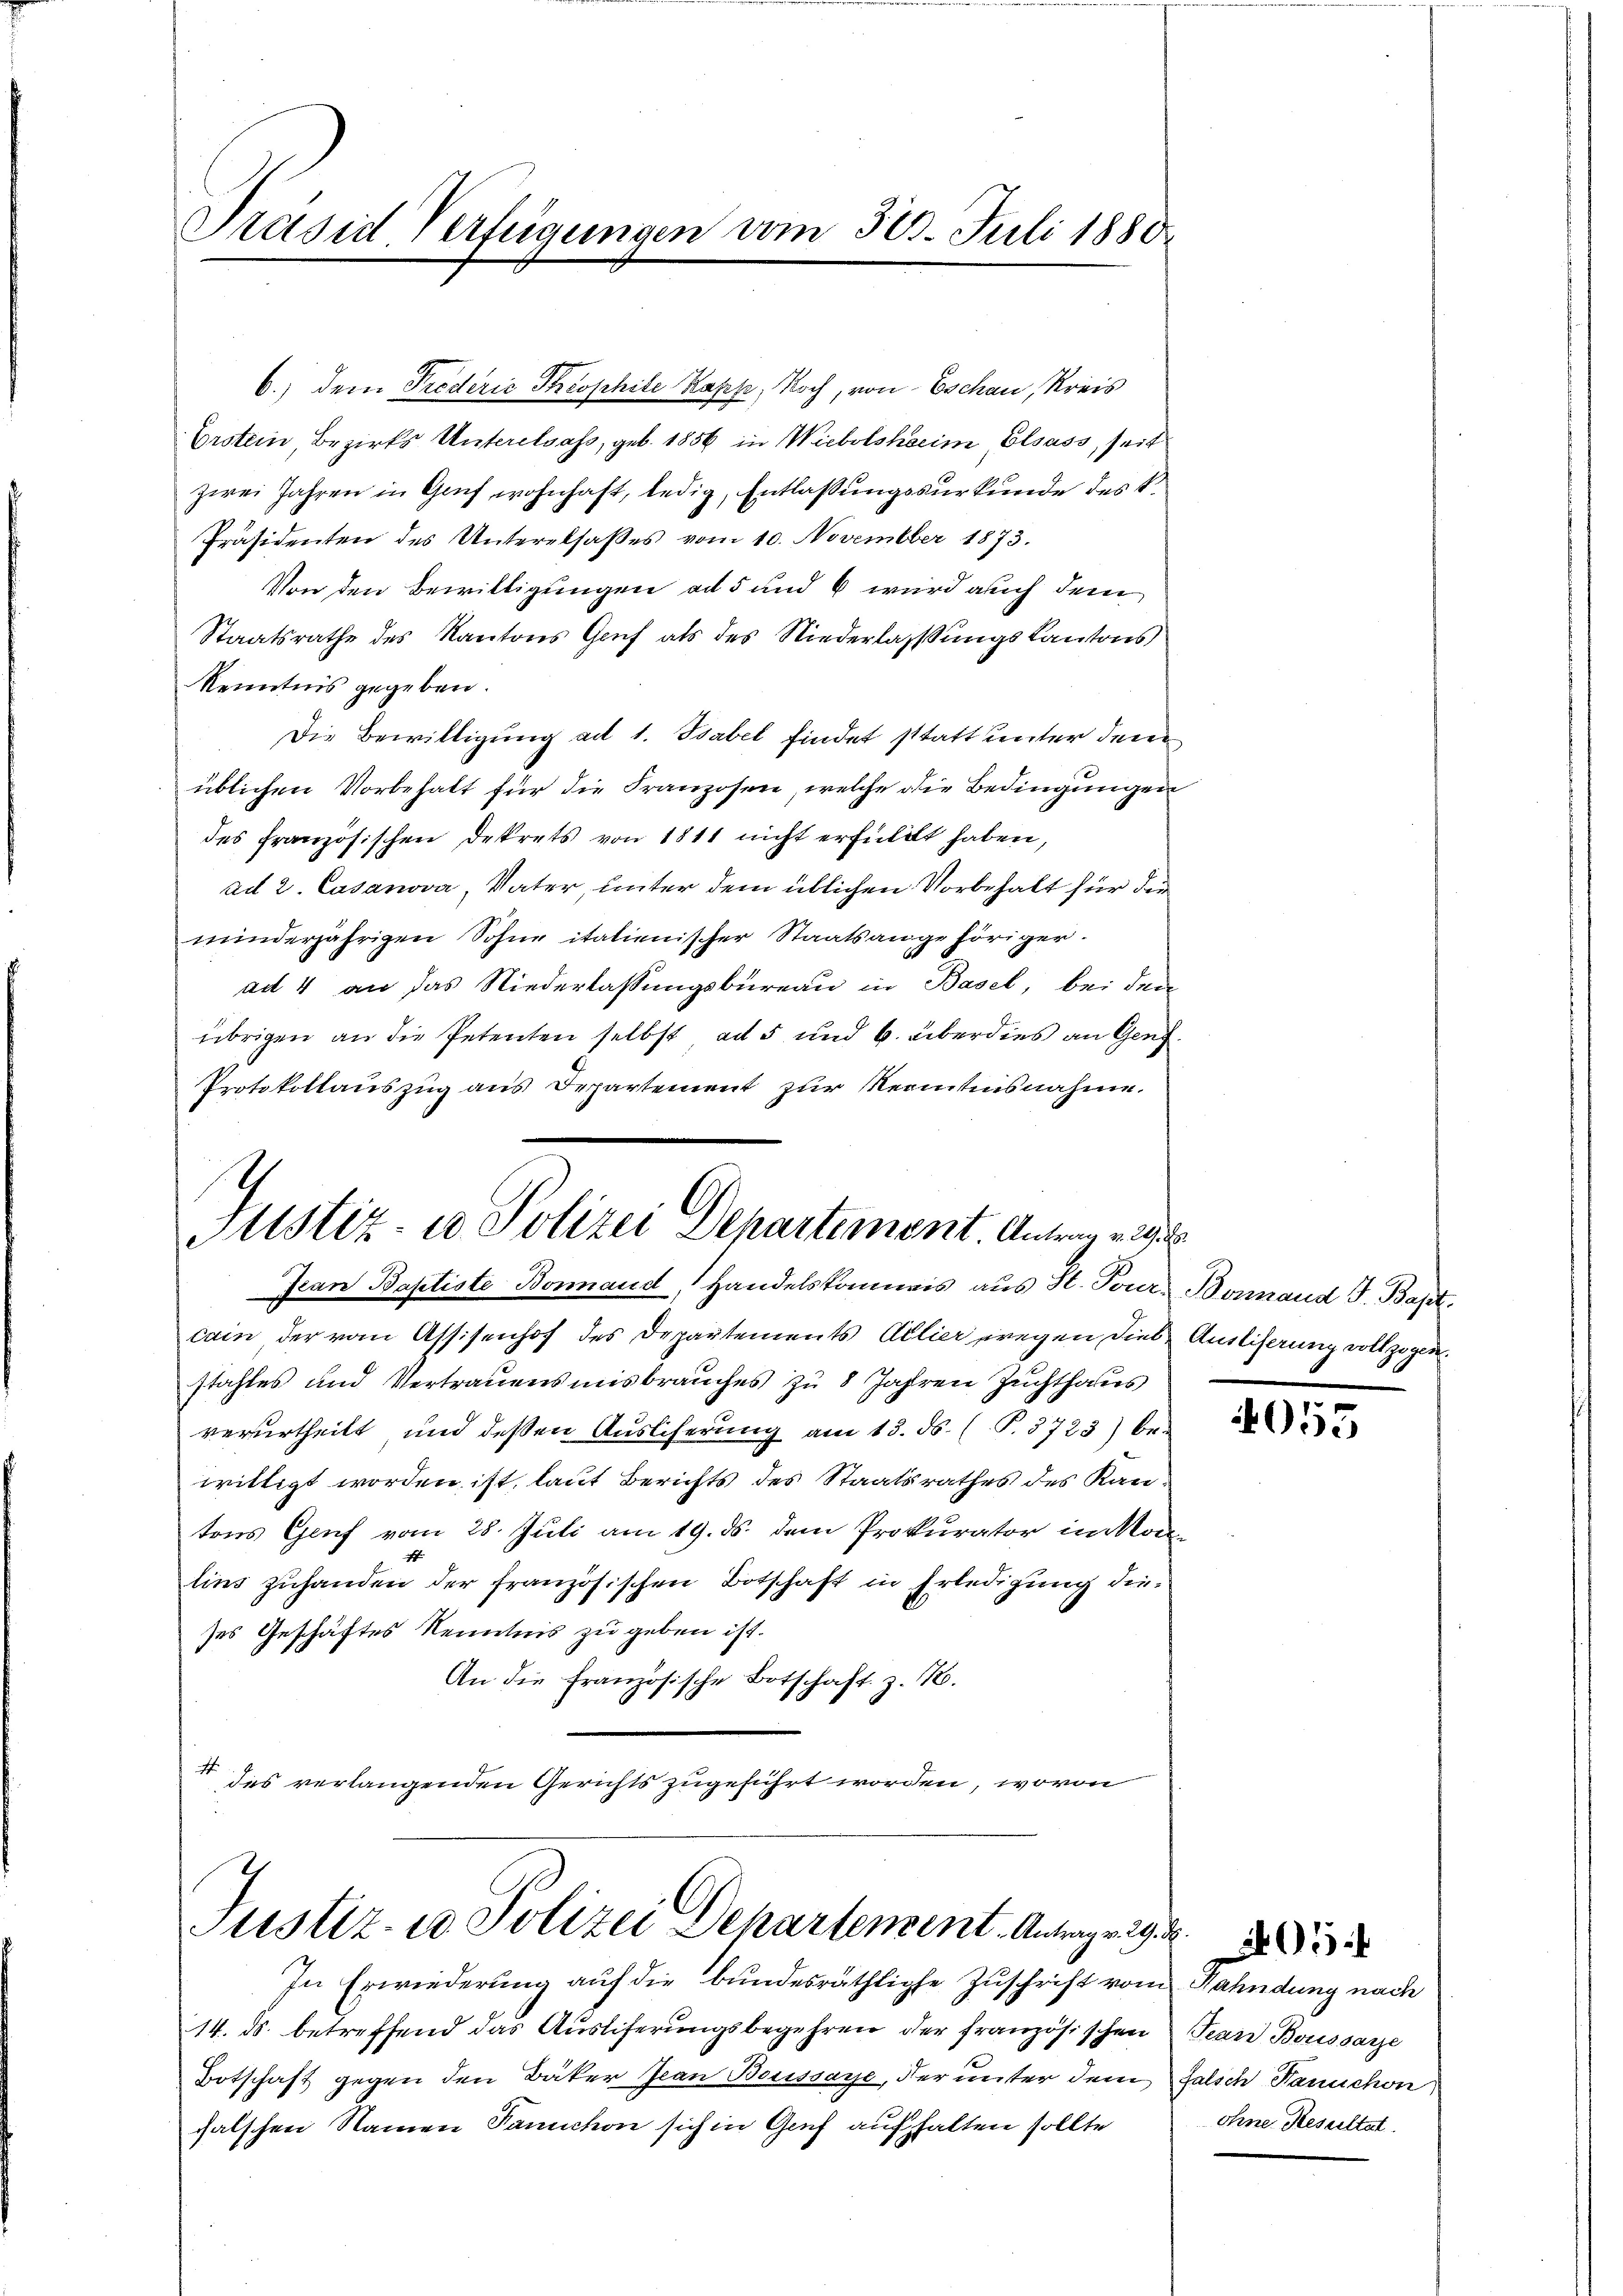
Präsid Verfügungen vom 30. Juli 1880

6.) Dem Proderiz Theophile Kapel, Noch, von Eschau, Kreis
Erstein, Bezirks Unterelsass, geb. 1856 in Wiebolsheim Elsass, seit
zwei Jahren in Gruf wohnhaft, ledig, Entlassungssurkunde des k.
Präsidenten des Unterelsaßes vom 10. November 1873.
Von den Bewilligungen ad 5 und 6 wird auch dem
Staatsrathe des Kantons Gruf als des Niederlassungskantons
Kenntnis gegeben.
Die Bewilligung ad 1. Babel findet statt unter den
üblichen Vorbehalt für die Franzosen, welche die Bedingungen
des französischen Dekrets von 1811 nicht erfüllt haben,
ad 2. Casanova, Vater, unter dem üblichen Vorbehalt für die
minderjährigen Sohne italienischer Staatsangehöriger.
ad 4 an das Niederlassungsbüreau in Basel, bei den
übrigen an die Petenten selbst ad 5 und 6. überdies an Genz¬
Protokollauszug aus Departement zur Kenntnisnahme.
Justiz- u Polizei Departement. Antrag erg
Ican Baptiste Bonnand, Handelskommis aus H. Tour. Bonnaud J. Bapt.
cain der vom Assisenhof des Departements Allier wegen diese Ausliserung vollzogen
stahles und Vertrauensmisbrauches zu 8 Jahren Zuchthaus
verurtheilt und deßen Auslieferung am 13. ds. (T.8723) be-
willigt worden ist, laut Berichts des Staatsrathes des Kantons Genf vom 28. Juli am 19. ds. dem Prokurator im No
lins zuhanden der französischen Botschaft in Erledigung dieses Geschäftes Kenntnis zu geben ist.
An die Französische Botschaft z. B.
.
des verlangenden Gerichts zugeführt worden, wovon

Justiz- u Polizei Departement. Antrage

In Erwiederung auf die bundesräthliche Zuschrift vom Fahndung nach
14. ds. betreffend das Ausliferungsbegehren der französischen Tean Boussarze
Botschaft gegen den Bäker Jean Boussaye, der unter dem
falschen Namen Tanchon sich in Genf aufhalten sollte

4055

falsch Fanuchon
ohne Resultat